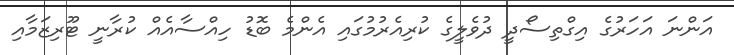
އަންނަ އަހަރުގެ އިގްތިސޯދީ ދުވެލީގެ ކުރިއެރުމުގައި އެންމެ ބޮޑު ހިއްސާއެއް ކުރާނީ ޓޫރިޒަމާއި